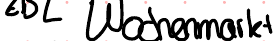
Wochenmarkt